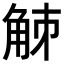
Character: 𧣘